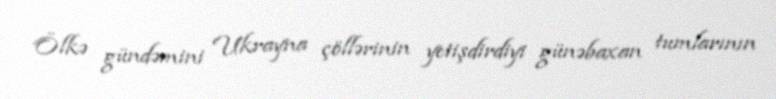
Ölkə gündəmini Ukrayna çöllərinin yetişdirdiyi günəbaxan tumlarının